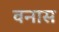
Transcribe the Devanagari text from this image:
वनास